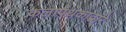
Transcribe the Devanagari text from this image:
कलापथकाद्वारे